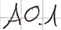
Text: A0.1